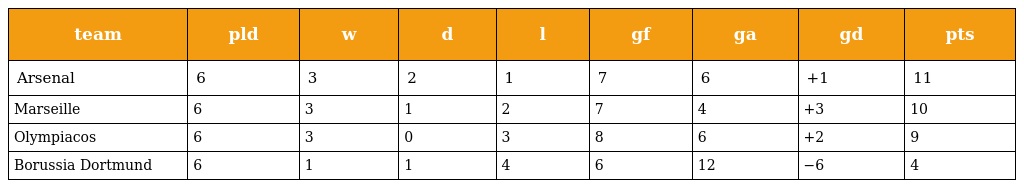
| team | pld | w | d | l | gf | ga | gd | pts |
 | --- | --- | --- | --- | --- | --- | --- | --- | --- |
 | Arsenal | 6 | 3 | 2 | 1 | 7 | 6 | +1 | 11 |
 | Marseille | 6 | 3 | 1 | 2 | 7 | 4 | +3 | 10 |
 | Olympiacos | 6 | 3 | 0 | 3 | 8 | 6 | +2 | 9 |
 | Borussia Dortmund | 6 | 1 | 1 | 4 | 6 | 12 | −6 | 4 |